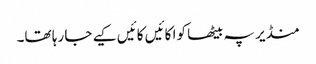
منڈیر پہ بیٹھا کوا کائیں کائیں کیے جا رہا تھا۔